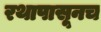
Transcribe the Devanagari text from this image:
रथापासूनच